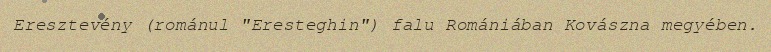
Eresztevény (románul "Eresteghin") falu Romániában Kovászna megyében.